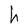
Character: h